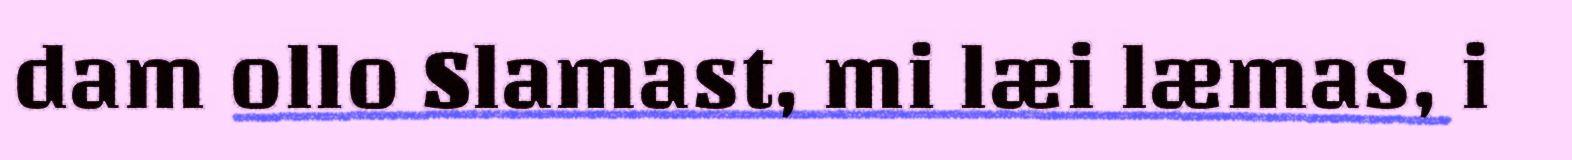
dam ollo Slamast, mi læi læmas, i